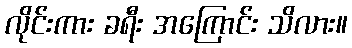
လိုင်းကား ခရီး အကြောင်း သိလား။